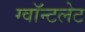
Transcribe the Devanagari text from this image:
ग्वॉन्टलेट